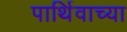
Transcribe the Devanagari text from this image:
पार्थिवाच्या